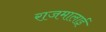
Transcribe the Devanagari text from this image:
राजमालाई